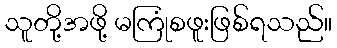
သူတို့အဖို့ မကြုံစဖူးဖြစ်ရသည်။